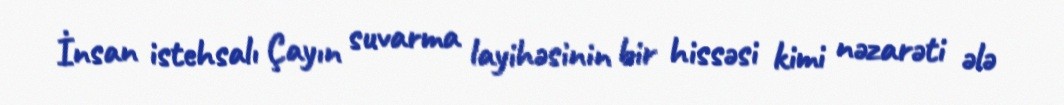
İnsan istehsalı Çayın suvarma layihəsinin bir hissəsi kimi nəzarəti ələ